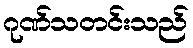
ဂုဏ်သတင်းသည်